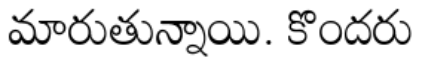
మారుతున్నాయి. కొందరు